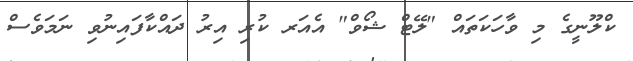
ކްލޫނީގެ މި ވާހަކަތައް "ލޭޓް ޝޯވް" އެއަރ ކުރި އިރު ދައްކާފައިނުވި ނަމަވެސް